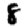
Digit: 8